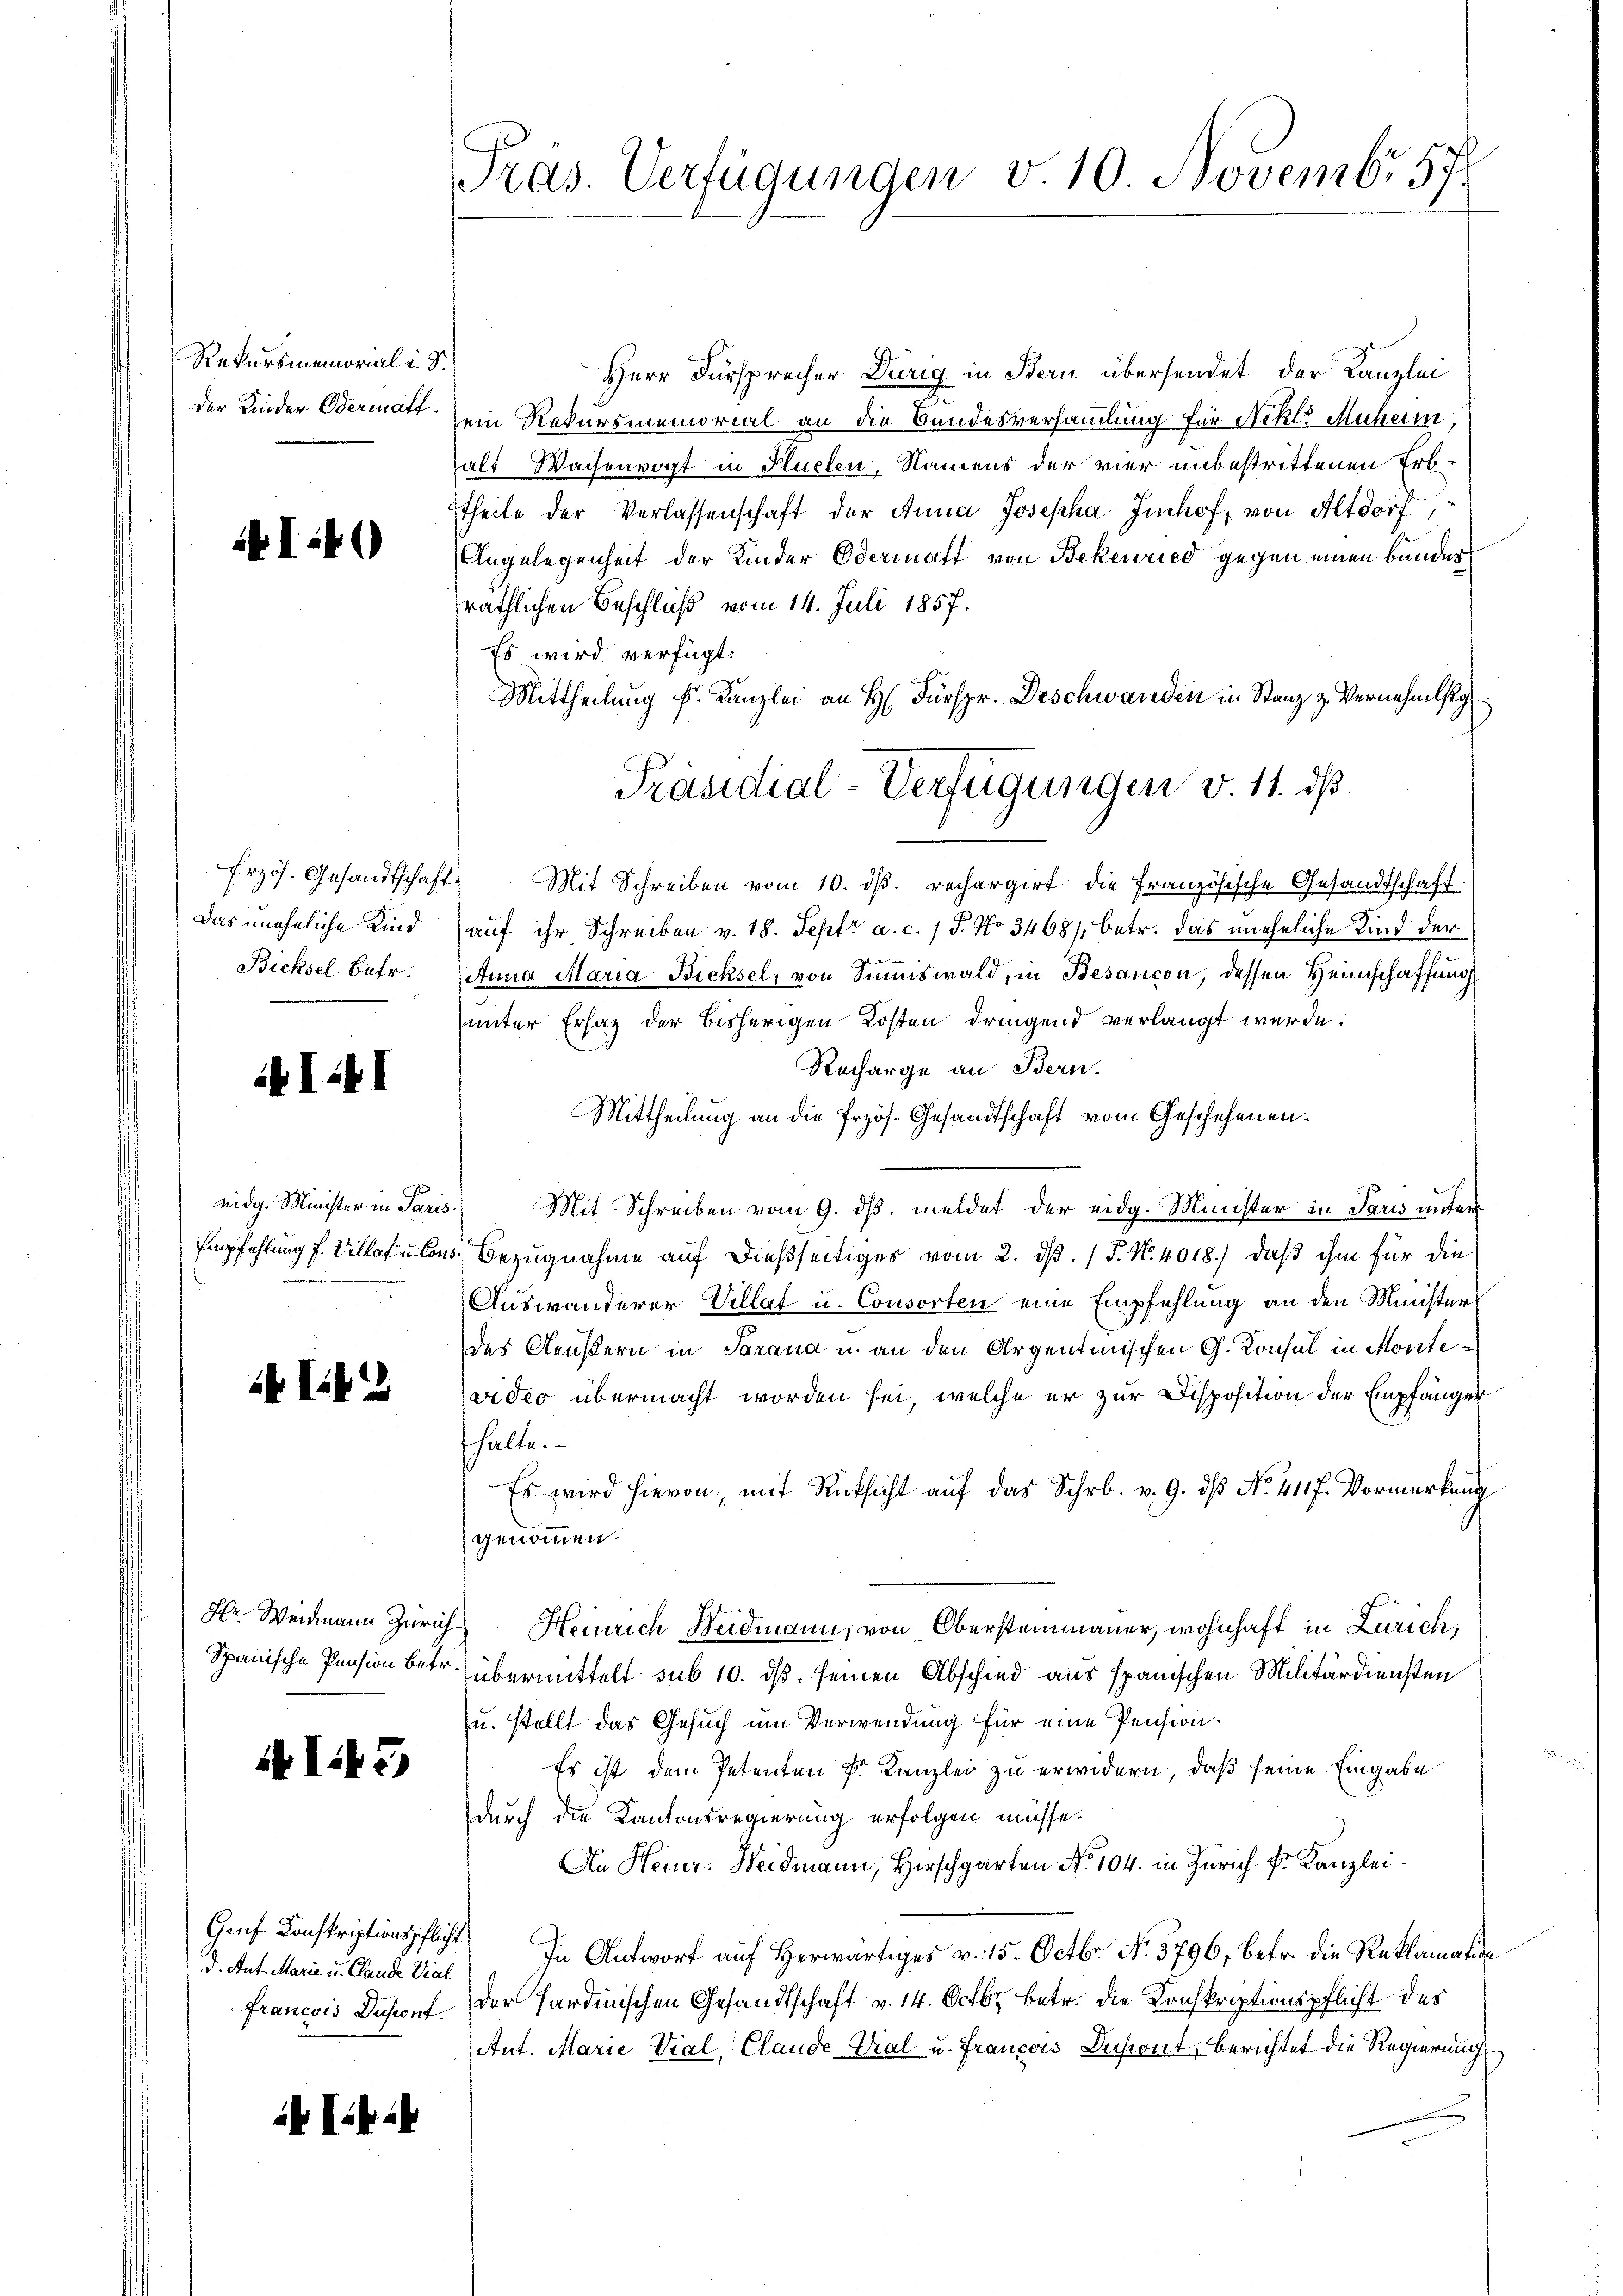
Rekursmemorial u. d
der Kinder Odermalf.

I:40

Das uneheliche Kind
Bicksel-Bafr.

A III

ik III

I.5)

d. Ant. Marie u. Claude Val

ifi

Präs. Verfügungen v. 10. Novembr. 57

c
Herr Fürsprecher Dürig in Bern übersendet der Kanzlei
ein Rekursmemorial an die Bundesversammlung für Nikl. Muheim,
alt Waisenvogt in Flüelen, Namens der vier unbestrittenen Erbtheile der Verlassenschaft der Anna Josepha Imhof, von Altdorf,
Angelegenheit der Kinder Odermatt von Bekenried gegen einen bunder
räthlichen Beschluß vom 14. Juli 1857.
Es wird verfügt:
Mittheilung f. Kanzlei an H. Fürspr. Deschwanden in Stanz z. Vernehmstg
frzös. Gesandtschaft. Mit Schreiben vom 10. dβ. rechargirt die Französische Gesandtschaft
auf ihr Schreiben v. 18. Septr a. c. 1 P. No 3468/, betr. das uneheliche Kind der
Anna Maria Bicksel, von Summiswald, in Besançon, dessen Heimschaffung
unter Erhaz der bisherigen Kosten dringend verlangt werde.
Recharge an Bern.
Mittheilung an die Przös. Gesandtschaft vom Geschehenen.
eidg. Minister in Paris.) Mit Schreiben vom 9. ds. meldet der eidg. Minister in Paris unters
Empfehlung f. Wille u. Cons. Bezugnahme auf dießseitiges vom 2. dß. / P. Nr. 4018.) daß ihm für die
Auswanderer Villat u. Consorten eine Empfehlung an den Minister
des Aeußern in Sarana u. an den Argentinischen G. Konsul in Montevideo übermacht worden sei, welche er zur Disposition der Empfänger
fhalte.
Es wird hievon, mit Rücksicht auf das Schr. v. 9. dβ No. 411 f. Vormerkung
genommen.
Hr. Weidmann Zürich Heinrich Weidmann, von Obersteinmauer, wohnhaft in Zürich,
Spanische Pension betr. übermittelt sub 10. ds. seinen Abschied aus spanischen Militärdiensten
u. stellt das Gesuch um Verwendung für eine Pension.
Es ist dem Petenten Sr. Kanzlei zu erwidern, daß seine Eingabe
durch die Kantonsregierung erfolgen müsse.
An Heinr. Weidmann, Hirschgarten No 104. in Zürich Fr. Kanzlei.
Genf Konskriptionspflicht In Antwort auf Herwärtiges v. 15. Octbr. No. 3796, betr. die Reklamation
Francois Desconf. Der Sardinischen Gesandtschaft v. 14. Octbr. betr. die Konskriptionspflicht des
Ant. Marie Vial, Claude Thal u. Francois Depont, berichtet die Regierung

Präsidial-Verfügungen v. 11. ds.